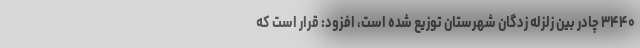
۳۴۴۰ چادر بین زلزله زدگان شهرستان توزیع شده است، افزود: قرار است که